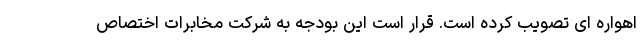
اهواره ای تصویب کرده است. قرار است این بودجه به شرکت مخابرات اختصاص